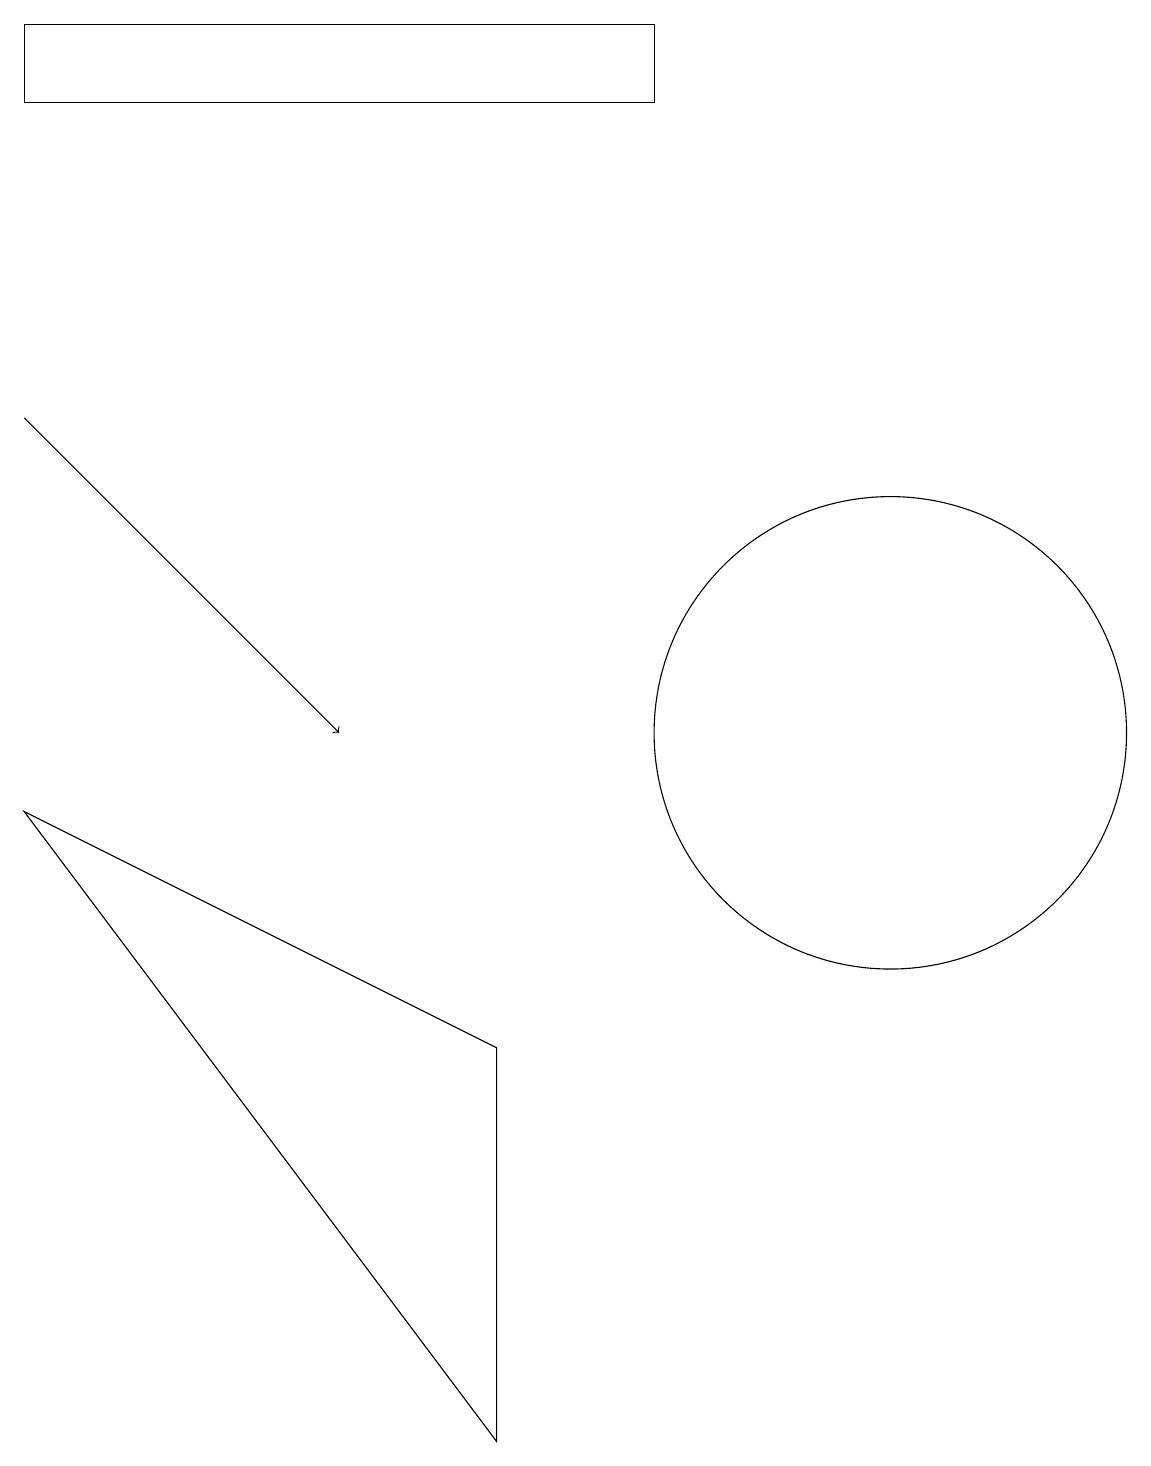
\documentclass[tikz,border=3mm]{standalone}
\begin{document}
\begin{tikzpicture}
\draw (11,10) circle (3);
\draw[->] (0,14) -- (4,10);
\draw (6,1) -- (6,6) -- (0,9) -- cycle;
\draw (11,11) circle (0);
\draw (0,18) rectangle (8,19);
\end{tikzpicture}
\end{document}